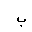
Letter: _ba